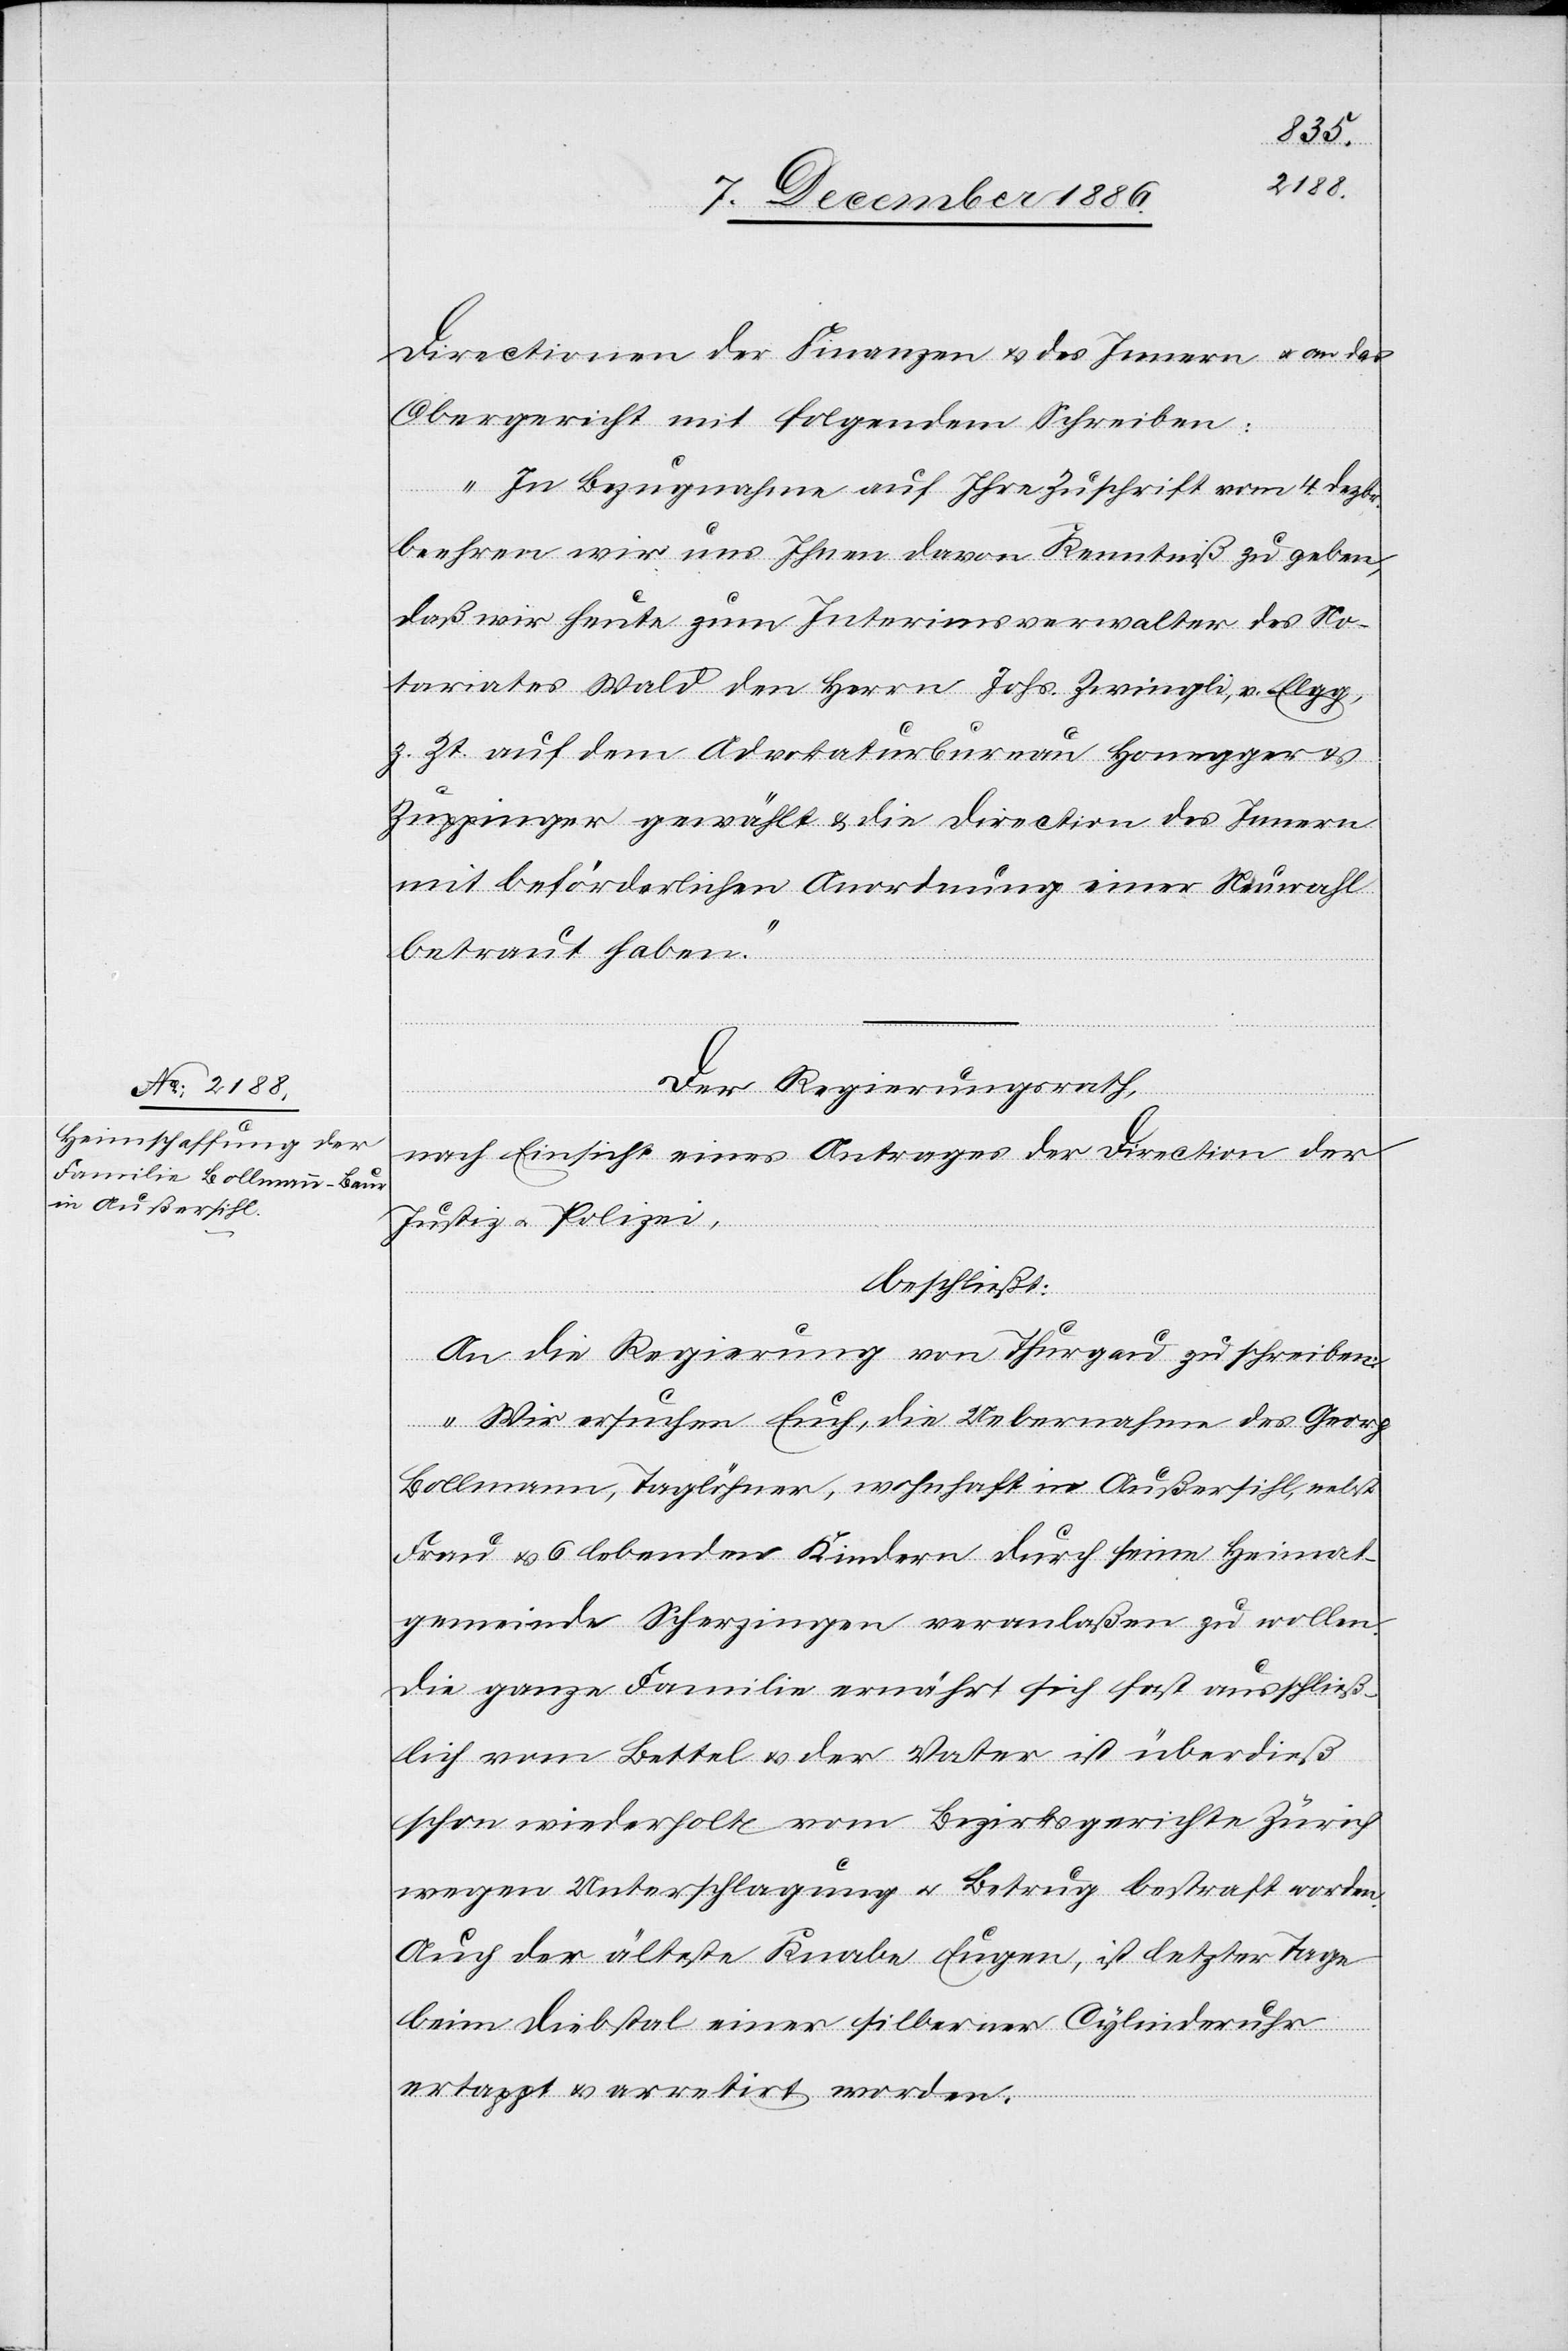
Directionen der Finanzen & des Innern & an das
Obergericht mit folgendem Schreiben:
„In Bezugnahme auf Ihre Zuschrift vom 4. Dezbr.
beehren wir uns Ihnen davon Kenntniß zu geben,
daß wir heute zum Interimsverwalter des No¬
tariates Wald den Herrn Johs. Zwingli, v. Elgg,
z. Zt. auf dem Advokaturbureau Honegger &
Zuppinger gewählt & die Direction des Innern
mit beförderlichen Anordnung einer Neuwahl
betraut haben.“
Der Regierungsrath,
nach Einsicht eines Antrages der Direction der
Justiz & Polizei,
beschließt:
An die Regierung von Thurgau zu schreiben:
„Wir ersuchen Euch, die Uebernahme des Georg
Bollmann, Taglöhner, wohnhaft in Außersihl, nebst
Frau & 6 lebenden Kindern durch seine Heimat¬
gemeinde Scherzingen veranlaßen zu wollen.
Die ganze Familie ernährt sich fast ausschließ¬
lich vom Bettel & der Vater ist überdieß
schon wiederholt vom Bezirksgericht Zürich
wegen Unterschlagung & Betrug bestraft worden.
Auch der älteste Knabe Eugen, ist letzter Tage
beim Diebstal einer silberner [sic!] Cylinderuhr
ertappt & arretirt worden.